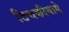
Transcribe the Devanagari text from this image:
टिचकीमागे